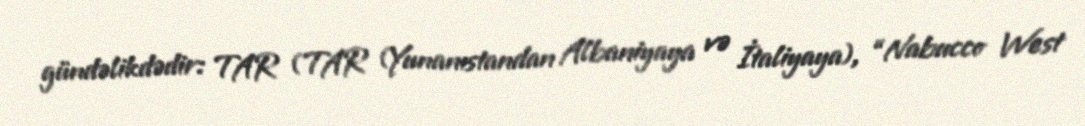
gündəlikdədir: TAR (TAR (Yunanıstandan Albaniyaya və İtaliyaya), “Nabucco West